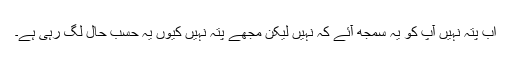
اب پتہ نہیں آپ کو یہ سمجھ آئے کہ نہیں لیکن مجھے پتہ نہیں کیوں یہ حسبِ حال لگ رہی ہے۔